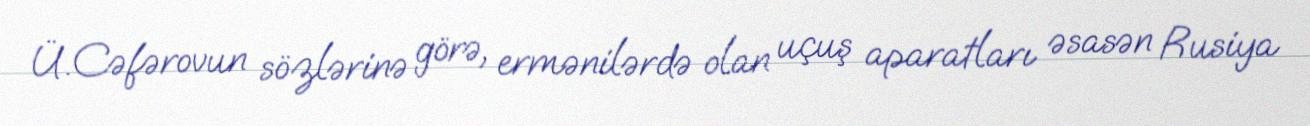
Ü.Cəfərovun sözlərinə görə, ermənilərdə olan uçuş aparatları əsasən Rusiya